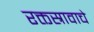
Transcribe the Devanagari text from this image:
रक्तस्रावाचे